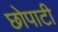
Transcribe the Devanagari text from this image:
छोपाटी